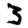
Digit: 3